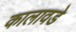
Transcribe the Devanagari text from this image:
कालावडे